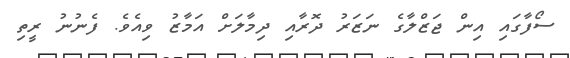
ސޯފާގައި އިން ޖަޒްލާގެ ނަޒަރު ދޮރާއި ދިމާލަށް އަމާޒު ވިއެވެ. ފެނުނު ރީތި